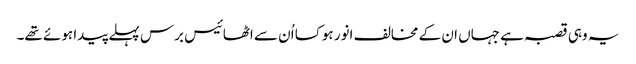
یہ وہی قصبہ ہے جہاں ان کے مخالف انور ہوکسا اُن سے اٹھائیس برس پہلے پیدا ہوئے تھے۔